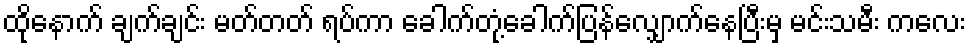
ထိုနောက် ချက်ချင်း မတ်တတ် ရပ်ကာ ခေါက်တုံ့ခေါက်ပြန်လျှောက်နေပြီးမှ မင်းသမီး ကလေး